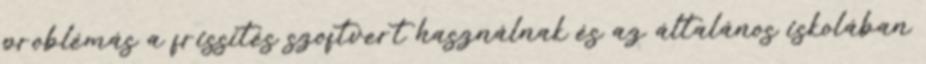
problémás a frissítés szoftvert használnak és az általános iskolában